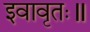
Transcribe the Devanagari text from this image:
इवावृतः॥